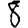
Digit: 8